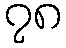
၇၈